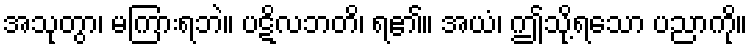
အသုတွာ၊ မကြားရဘဲ။ ပဋိလဘတိ၊ ရ၏။ အယံ၊ ဤသို့ရသော ပညာကို။